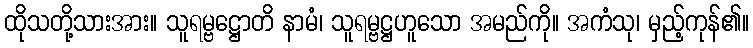
ထိုသတို့သားအား။ သူရမ္ဗဋ္ဌောတိ နာမံ၊ သူရမ္ဗဋ္ဌဟူသော အမည်ကို။ အကံသု၊ မှည့်ကုန်၏။